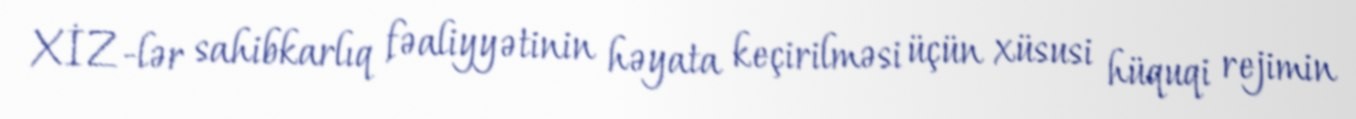
XİZ-lər sahibkarlıq fəaliyyətinin həyata keçirilməsi üçün xüsusi hüquqi rejimin